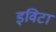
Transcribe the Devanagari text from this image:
इविटा